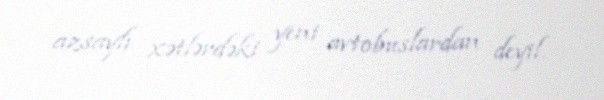
azsaylı xətlərdəki yeni avtobuslardan deyil.